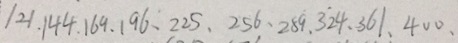
1 2 1 . 1 4 4 . 1 6 9 . 1 9 6 , 2 2 5 , 2 5 6 , 2 8 9 . 3 2 4 , 3 6 1 , 4 0 0 ,